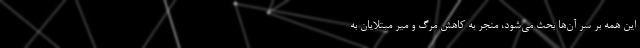
این همه بر سر آن‌ها بحث می‌شود، منجر به کاهش مرگ و میر مبتلایان به